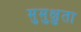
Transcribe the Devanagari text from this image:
मुमुक्षुता